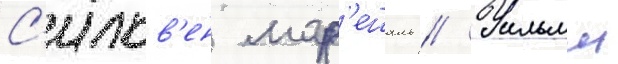
С'ильв'ен мар'ешаль // Уильям